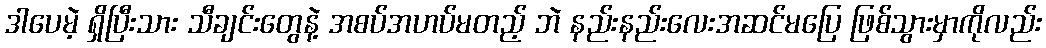
ဒါပေမဲ့ ရှိပြီးသား သီချင်းတွေနဲ့ အစပ်အဟပ်မတည့် ဘဲ နည်းနည်းလေးအဆင်မပြေ ဖြစ်သွားမှာကိုလည်း